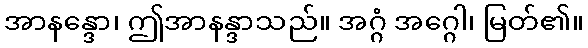
အာနန္ဒော၊ ဤအာနန္ဒာသည်။ အဂ္ဂံ အဂ္ဂေါ၊ မြတ်၏။